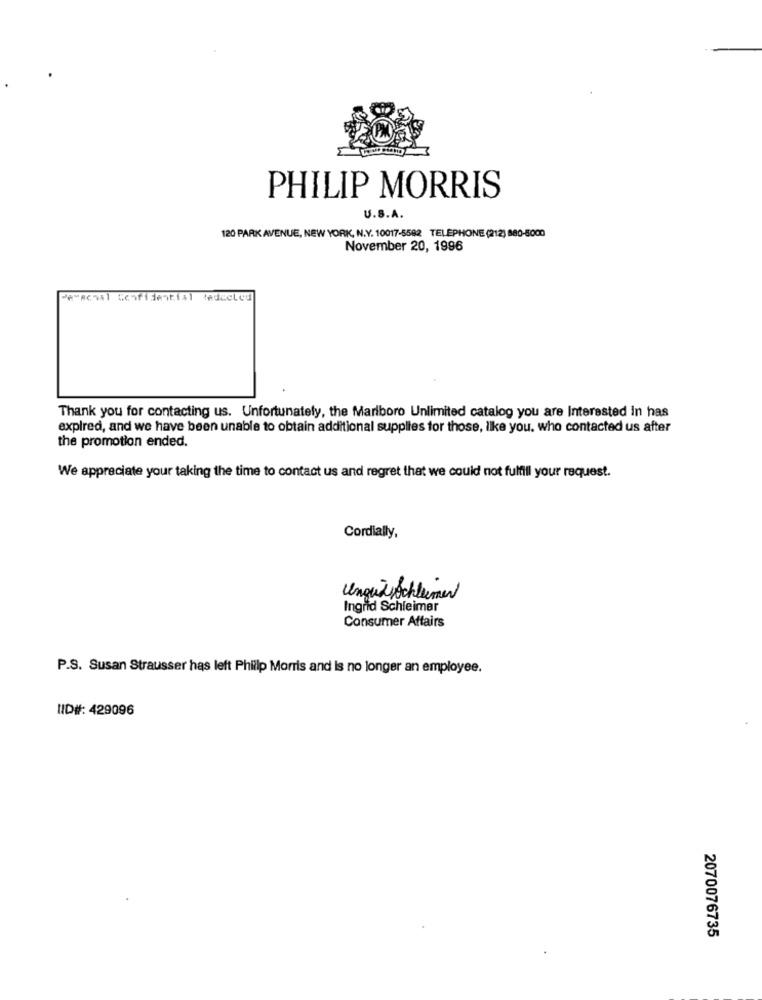
PHILIP MORRIS
U.S.A.
120 PARK AVENUE, NEW YORK, N.Y. 10017-5582 TELEPHONE (212) 880-5000
November 20, 1996
Perschal Confidential tedicled
Thank you for contacting us. Unfortunately, the Marlboro Unlimited catalog you are Interested in has
expired, and we have been unable to obtain additional supplies for those, like you. who contacted us after
the promotion ended.
We appreciate your taking the time to contact us and regret that we could not fulfill your request.
Cordially,
Ungedochlumen
Ingrid Schleimer
Consumer Affairs
P.S. Susan Strausser has left Philip Morris and Is no longer an employee.
NID#: 429096
2070076735